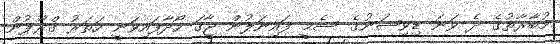
މުބާރާތުގެ ދެ ވަނަ ޑިވިޝަނުގެ ސެމީ ފައިނަލުން ޖާގަ ހޯދާފައިވަނީ ހަތަރު ގްރޫޕުން